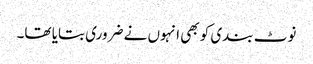
نوٹ بندی کو بھی انہوں نے ضروری بتایا تھا۔